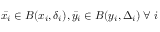
\bar { x _ { i } } \in B ( x _ { i } , \delta _ { i } ) , \bar { y _ { i } } \in B ( y _ { i } , \Delta _ { i } ) \; \forall \; i